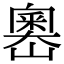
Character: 嶴